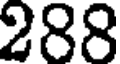
288